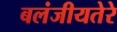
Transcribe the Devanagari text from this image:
बलंजीयतेरे